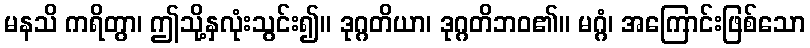
မနသိ ကရိတွာ၊ ဤသို့နှလုံးသွင်း၍။ ဒုဂ္ဂတိယာ၊ ဒုဂ္ဂတိဘဝ၏။ မဂ္ဂံ၊ အကြောင်းဖြစ်သော